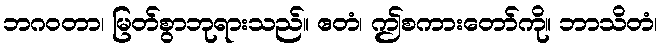
ဘဂဝတာ၊ မြတ်စွာဘုရားသည်။ ဧတံ၊ ဤစကားတော်ကို။ ဘာသိတံ၊